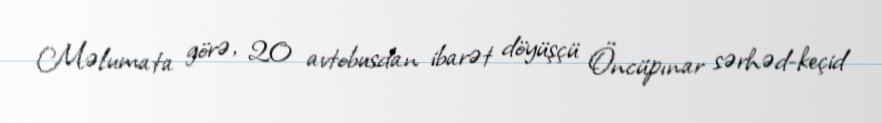
Məlumata görə, 20 avtobusdan ibarət döyüşçü Öncüpınar sərhəd-keçid